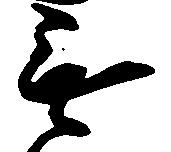
無